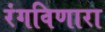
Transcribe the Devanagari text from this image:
रंगविणारा